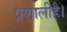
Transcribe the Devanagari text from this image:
प्रणालीहै।